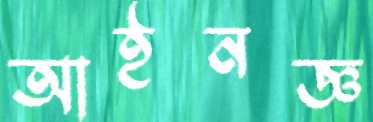
আইনজ্ঞ